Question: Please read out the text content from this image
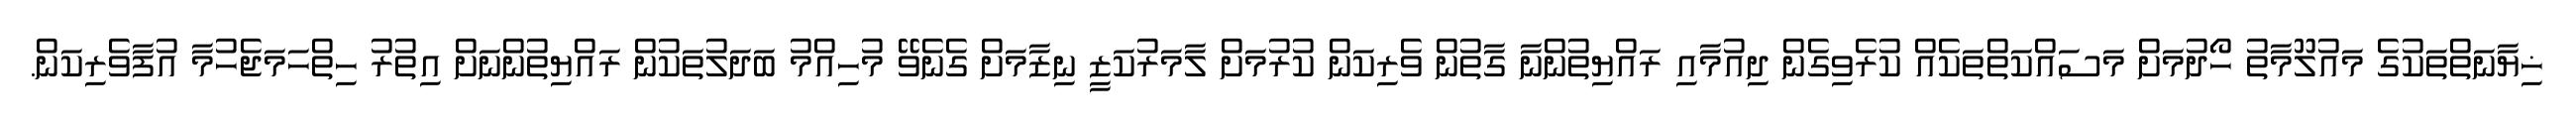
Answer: ޚިޔާނަތްތަކުގެ މައުލޫމާތު ހޯދުމަށް މަސައްކަތްތަކެއް ކުރެވިގެން ދިއުމާއި ރައްޔިތުންނާ ގާތުން ވެރިކަން ކުރުމަށް ލާމަރުކަޒީ ނިޒާމަށް ގެނެވޭ މުހިއްމު ބަދަލުތަކުން ރައްޔިތުންނަށް އިތުރު ހިތްހަމަޖެހުމާ އުފާވެރިކަން.